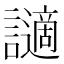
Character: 讁